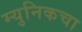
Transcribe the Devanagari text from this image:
म्युनिकचा